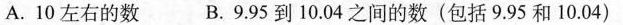
A.10左右的数 B.9.95到10.04之间的数(包括9.95和10.04)